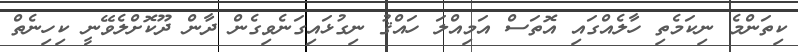
ކިތަންމެ ނިކަމެތި ހާލެއްގައި އޮތަސް އަމިއްލަ ހައްޤު ނިގުޅައިގަނެވިގެން ދާން ދޫކޮށްލެވޭނީ ކިހިނެތް